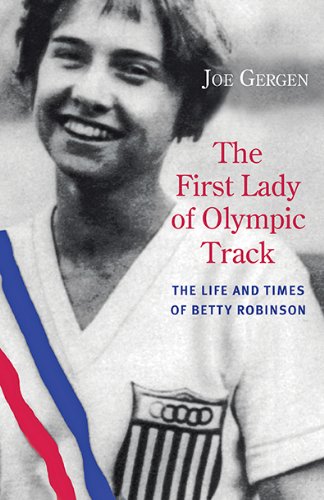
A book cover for The First Lady of Olympic Track: The Life and Times of Betty Robinson; Joe Gergen; Sports & Outdoors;